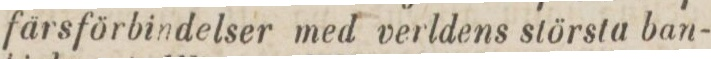
färsförbindelser med verldens största ban-